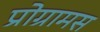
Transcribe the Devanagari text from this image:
प्रोग्रामस